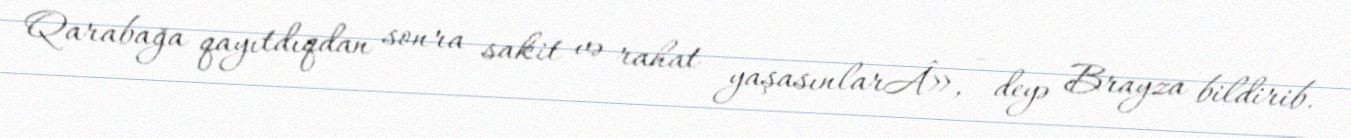
Qarabağa qayıtdıqdan sonra sakit və rahat yaşasınlarÂ», - deyə Brayza bildirib.